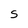
Character: S